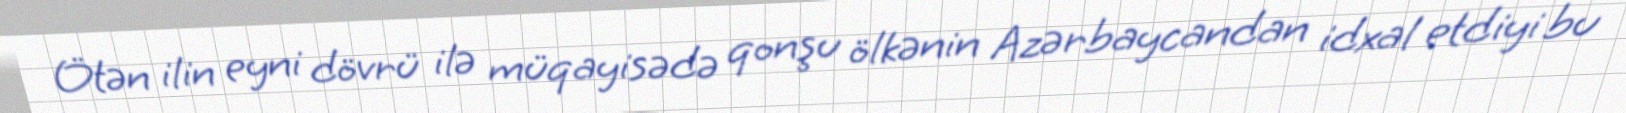
Ötən ilin eyni dövrü ilə müqayisədə qonşu ölkənin Azərbaycandan idxal etdiyi bu